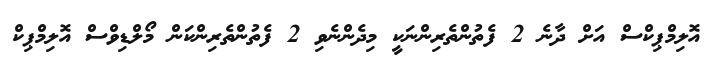
އޮލިމްޕިކްސް އަށް ދާނެ 2 ފެތުންތެރިންނަކީ މިދެންނެވި 2 ފެތުންތެރިންކަން މޯލްޑިވްސް އޮލިމްޕިކް